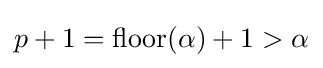
p+1={\text{floor}}(\alpha )+1>\alpha